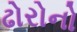
ઢોરોનો